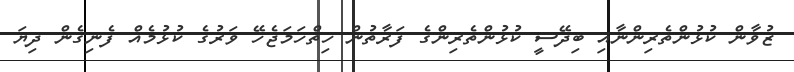
ޒުވާން ކުޅުންތެރިންނާއި ބިދޭސީ ކުޅުންތެރިންގެ ފަރާތުން ހިތްހަމަޖެހޭ ވަރުގެ ކުޅުމެއް ފެނިގެން ދިޔަ